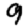
Digit: 9